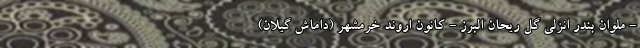
- ملوان بندر انزلی گل ریحان البرز - کانون اروند خرمشهر (داماش گیلان)